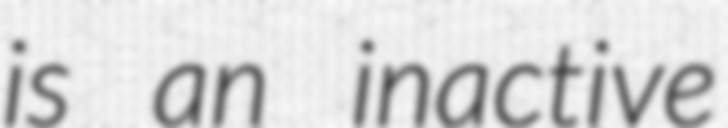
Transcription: is an inactive